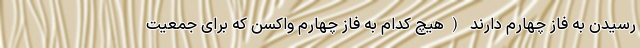
رسیدن به فاز چهارم دارند (هیچ کدام به فاز چهارم واکسن که برای جمعیت